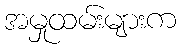
အမှုထမ်းများက